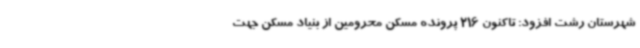
شهرستان رشت افزود: تاکنون 216 پرونده مسکن محرومین از بنیاد مسکن جهت